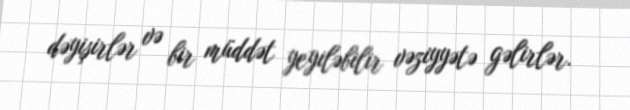
dəyişirlər və bir müddət yeyiləbilir vəziyyətə gəlirlər.